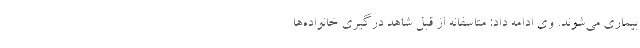
بیماری می‌شوند. وی ادامه داد: متاسفانه از قبل شاهد درگیری خانواده‌ها